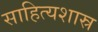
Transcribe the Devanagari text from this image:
साहित्यशास्र